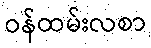
ဝန်ထမ်းလစာ